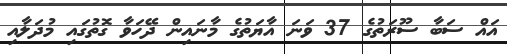
އައް ސަބާ ސޫރަތުގެ 37 ވަނަ އާޔަތުގެ މާނައިން ދޭހަވާ ގޮތުގައި މުދަލާއި